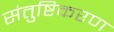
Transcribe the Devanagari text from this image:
संतुष्टिकरण